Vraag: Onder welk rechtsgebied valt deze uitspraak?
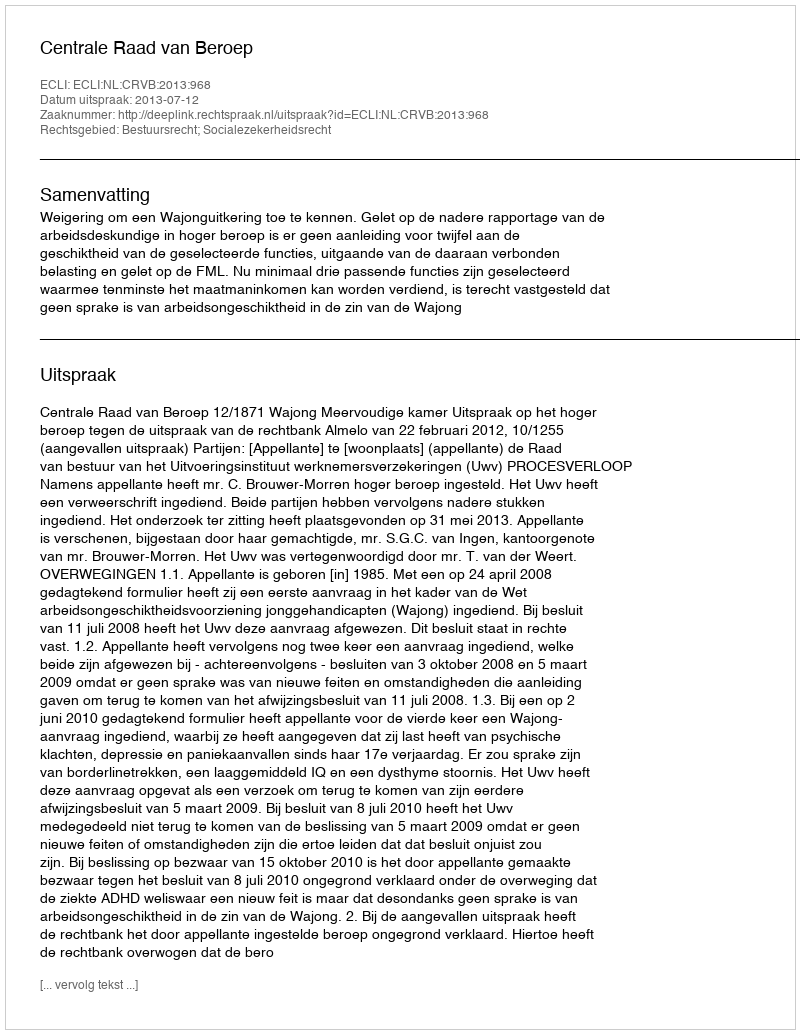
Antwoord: Bestuursrecht; Socialezekerheidsrecht